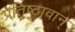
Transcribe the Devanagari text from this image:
प्रतिष्ठावान्